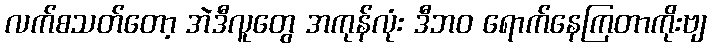
လက်စသတ်တော့ အဲဒီလူတွေ အကုန်လုံး ဒီဘဝ ရောက်နေကြတာကိုးဗျ